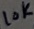
Text: 10K